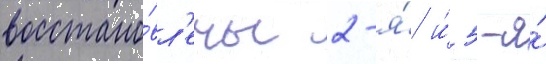
восстано́вл'ены 2-я́ и́ 5-я́